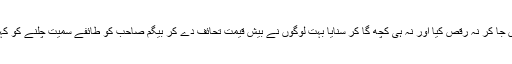
اپنی زندگی میں انہوں نے کبھی کسی نواب کی حویلی میں جا کر نہ رقص کیا اور نہ ہی کچھ گا کر سنایا بہت لوگوں نے بیش قیمت تحائف دے کر بیگم صاحب کو طائفے سمیت چلنے کو کہا لیکن بیگم صاحب بے دردی سے تمام تحائف لوٹا دیتیں۔